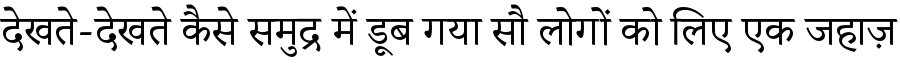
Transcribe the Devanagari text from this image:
देखते-देखते कैसे समुद्र में डूब गया सौ लोगों को लिए एक जहाज़